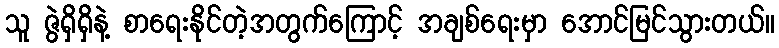
သူ ဇွဲရှိရှိနဲ့ စာရေးနိုင်တဲ့အတွက်ကြောင့် အချစ်ရေးမှာ အောင်မြင်သွားတယ်။